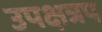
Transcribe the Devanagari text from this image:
उपक्षत्रप